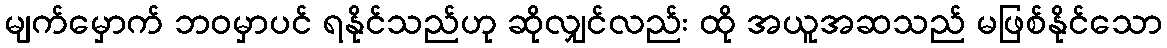
မျက်မှောက် ဘဝမှာပင် ရနိုင်သည်ဟု ဆိုလျှင်လည်း ထို အယူအဆသည် မဖြစ်နိုင်သော